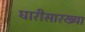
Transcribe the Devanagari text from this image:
घारीसारख्या